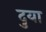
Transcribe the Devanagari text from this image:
दुया